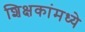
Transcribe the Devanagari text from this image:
शिक्षकांमध्ये